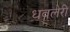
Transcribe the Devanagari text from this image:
धवलेरी